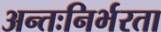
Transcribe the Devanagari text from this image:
अन्तःनिर्भरता